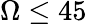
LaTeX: \Omega\leq 45